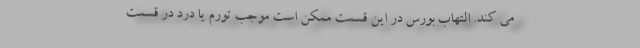
می کند. التهاب بورس در این قسمت ممکن است موجب تورم یا درد در قسمت